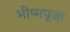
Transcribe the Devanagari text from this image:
भीष्मपूजा